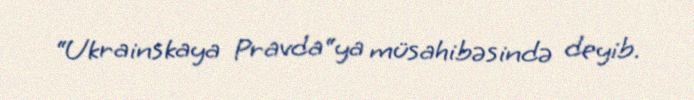
“Ukrainskaya Pravda“ya müsahibəsində deyib.